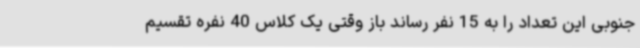
جنوبی این تعداد را به 15 نفر رساند باز وقتی یک کلاس 40 نفره تقسیم